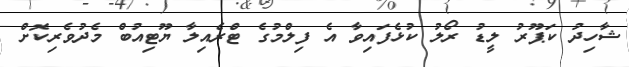
ޝާހިދު ކަޕޫރު ލީޑު ރޯލު ކުޅެފައިވާ އެ ފިލްމުގެ ޓްރެއިލާ ޔޫޓިއުބް މެދުވެރިކޮށް